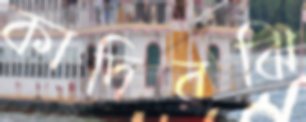
কাদিরঝি